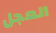
العجل